Vaccination report Assam 1896-1927 - 1896-1927
Year: 1896
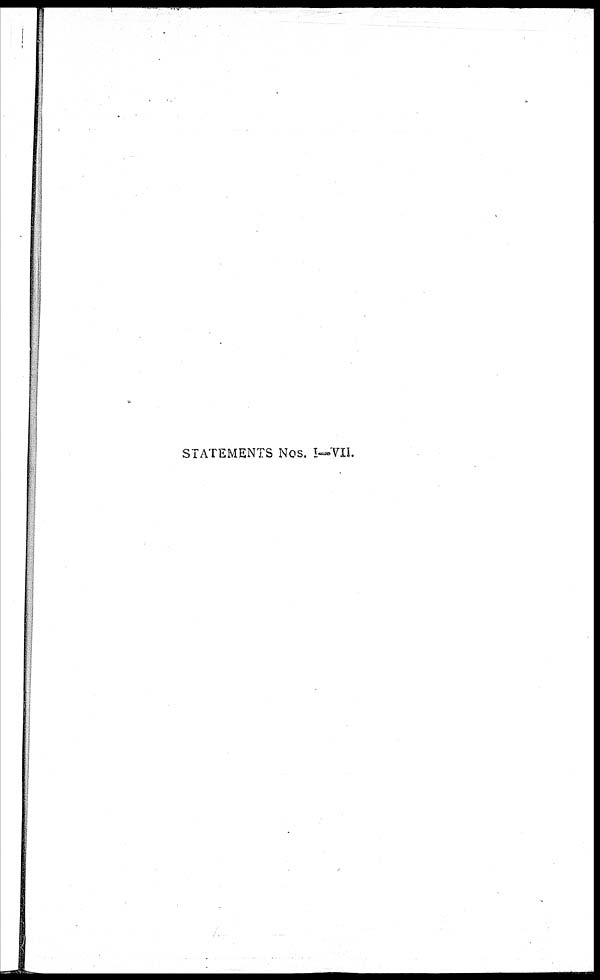
STATEMENTS Nos. I—VII.